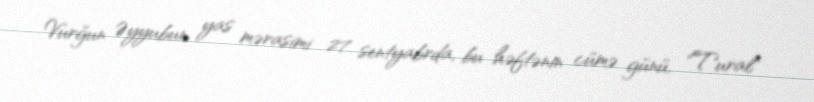
Vurğun Əyyubun yas mərasimi 27 sentyabrda, bu həftənin cümə günü, "Tural"